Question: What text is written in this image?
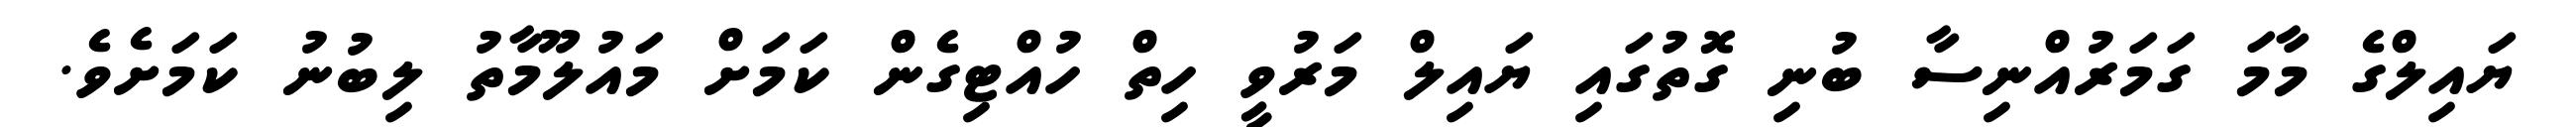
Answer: ޔައިލްގެ މާމަ ގަމަރުއްނިސާ ބުނި ގޮތުގައި ޔައިލް މަރުވީ ހިތް ހުއްޓިގެން ކަމަށް މައުލޫމާތު ލިބުނު ކަމަށެވެ.